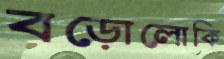
বড়োলোকি